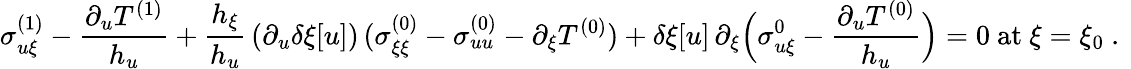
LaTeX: {\sigma_{u\xi}^{(1)}-\frac{\partial_{u}T^{(1)}}{h_{u}}}+\frac{h_{\xi}}{h_{u}}\, (\partial_{u}\delta\xi[u])\, (\sigma_{\xi\xi}^{(0)}-\sigma_{uu}^{(0)}-\partial_{\xi}T^{(0)})+\delta\xi[u]\, \partial_{\xi}\Big(\sigma_{u\xi}^{0}-\frac{\partial_{u}T^{(0)}}{h_{u}}\Big)=0\mathrm{~at~}\xi=\xi_{0}\ .\